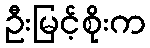
ဦးမြင့်စိုးက